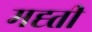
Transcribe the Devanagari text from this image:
मह्ती